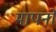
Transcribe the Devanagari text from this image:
मापनो